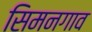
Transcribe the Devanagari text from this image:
सिमनगाव